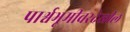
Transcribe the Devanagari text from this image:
पार्श्वभूमीवरदेखील